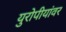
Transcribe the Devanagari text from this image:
युरोपीयांवर